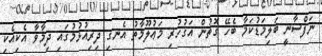
ނަފްސާނީ ބަލިމަޑުކަމާ ބެހޭ ގޮތުން އަގުހުރި މަޢުލޫމާތު އެނގި ދިރިއުޅުމުގައި ދިމާވާ އެކިއެކި